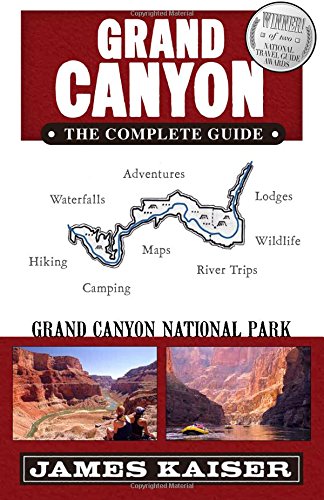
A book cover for Grand Canyon: The Complete Guide: Grand Canyon National Park; Sports & Outdoors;